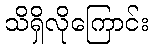
သိရှိလိုကြောင်း